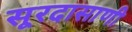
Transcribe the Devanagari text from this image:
सूरदासाणी